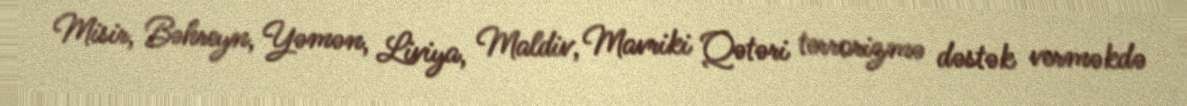
Misir, Bəhreyn, Yəmən, Liviya, Maldiv, Mavriki Qətəri terrorizmə dəstək verməkdə